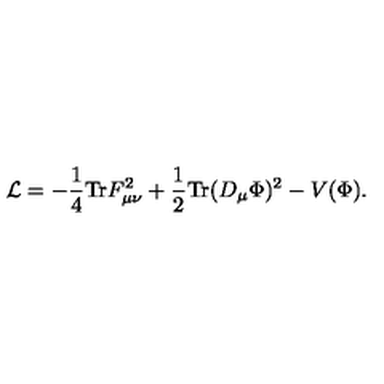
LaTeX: { \cal L } = - { \frac { 1 } { 4 } } \mathrm { T r } F _ { \mu \nu } ^ { 2 } + { \frac { 1 } { 2 } } \mathrm { T r } ( D _ { \mu } \Phi ) ^ { 2 } - V ( \Phi ) .